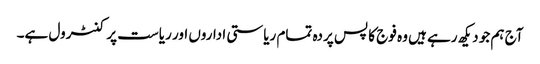
آج ہم جو دیکھ رہے ہیں وہ فوج کا پس پردہ تمام ریاستی اداروں اور ریاست پر کنٹرول ہے۔